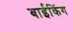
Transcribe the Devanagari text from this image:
बाईकिंग